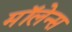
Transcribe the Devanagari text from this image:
मॉलेन्स